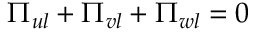
\Pi _ { u l } + \Pi _ { v l } + \Pi _ { w l } = 0